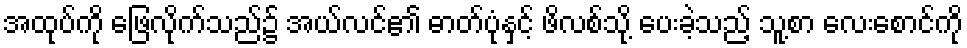
အထုပ်ကို ဖြေလိုက်သည်၌ အယ်လင်၏ ဓာတ်ပုံနှင့် ဖိလစ်သို့ ပေးခဲ့သည့် သူ့စာ လေးစောင်ကို